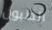
الطبول